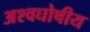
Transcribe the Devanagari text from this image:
अश्वघोषीय